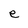
Character: e